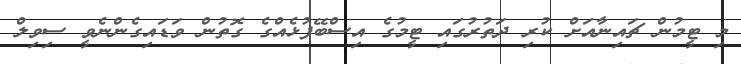
މި ޓީމުން ޗައިނާއަށް ކުރި ދަތުރުގައި ޓީމުގެ އިސްބޭފުޅެއްގެ ގޮތުން ވަޑައިގެންނެވީ ސިވިލް